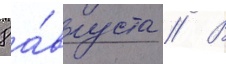
8 а́вгуста // В